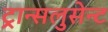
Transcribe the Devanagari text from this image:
ट्रान्सलुसेन्ट